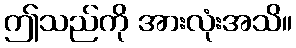
ဤသည်ကို အားလုံးအသိ။